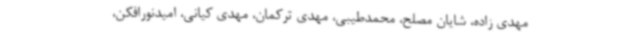
مهدی زاده، شایان مصلح، محمدطیبی، مهدی ترکمان، مهدی کیانی، امیدنورافکن،